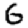
Digit: 6